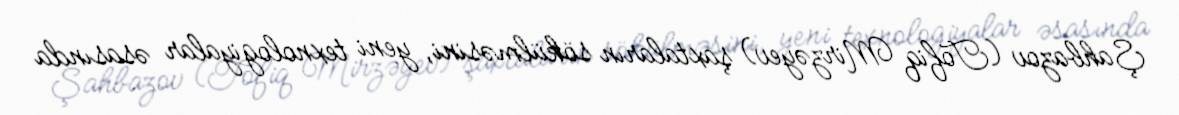
Şahbazov (Tofiq Mirzəyev) şaxtaların sökülməsini, yeni texnologiyalar əsasında